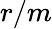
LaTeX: r/m